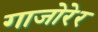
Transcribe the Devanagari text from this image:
गाजोरेर